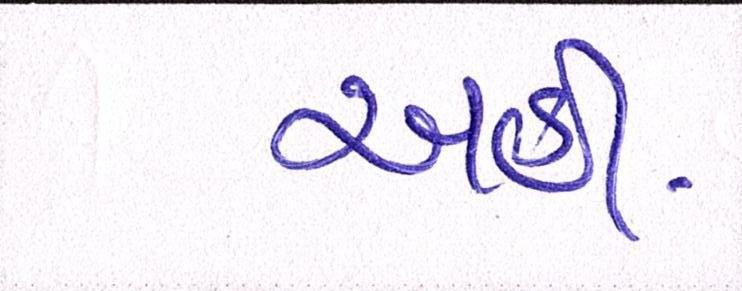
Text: અહીં